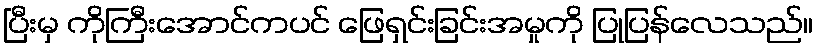
ပြီးမှ ကိုကြီးအောင်ကပင် ဖြေရှင်းခြင်းအမှုကို ပြုပြန်လေသည်။